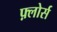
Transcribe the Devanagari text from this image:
फ़्लोर्स